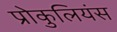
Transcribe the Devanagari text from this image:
प्रोकुलियंस